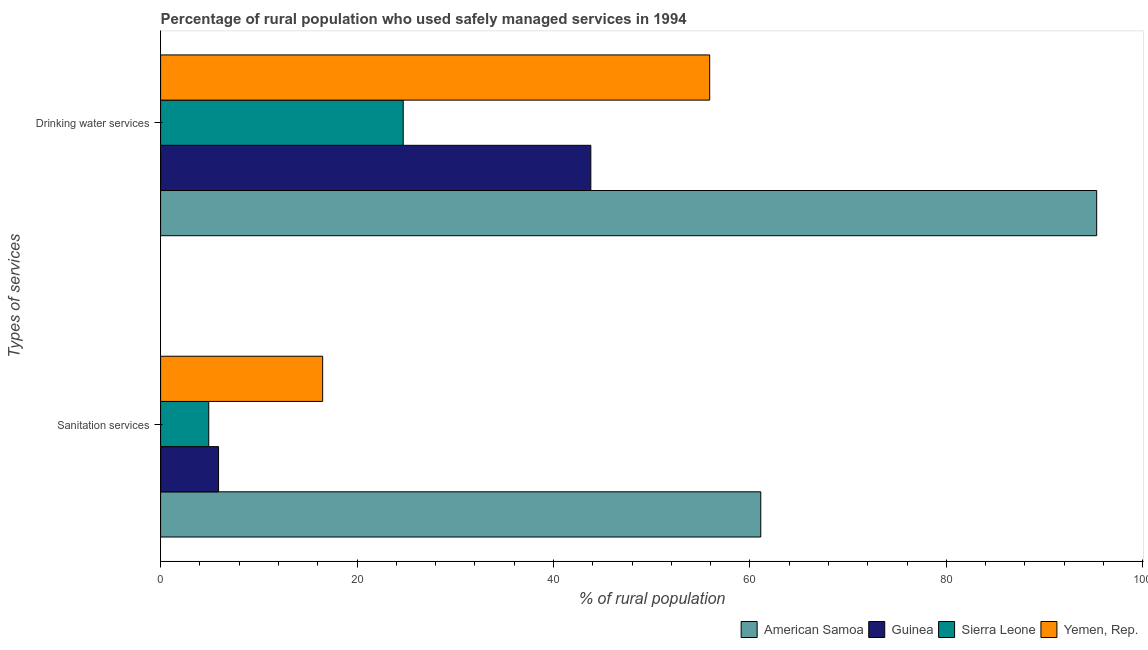
| Types of services | American Samoa | Guinea | Sierra Leone | Yemen, Rep. |
 | --- | --- | --- | --- | --- |
 | Sanitation services | 61.1 | 5.9 | 4.9 | 16.5 |
 | Drinking water services | 95.3 | 43.8 | 24.7 | 55.9 |